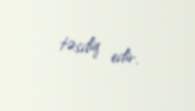
təsdiq edir.